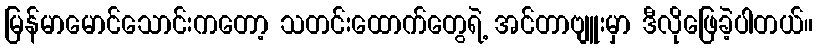
မြန်မာမောင်သောင်းကတော့ သတင်းထောက်တွေရဲ့ အင်တာဗျူးမှာ ဒီလိုဖြေခဲ့ပါတယ်။